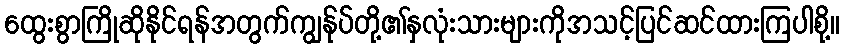
ထွေးစွာကြိုဆိုနိုင်ရန်အတွက်ကျွန်ုပ်တို့၏နှလုံးသားများကိုအသင့်ပြင်ဆင်ထားကြပါစို့။